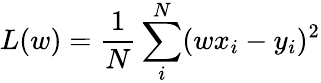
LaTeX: L(w)=\frac{1}{N}\sum_{i}^{N}(wx_{i}-y_{i})^{2}